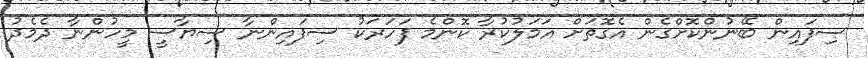
ސިފައިން ބޭނުންކޮށްގެން އެގޮތަށް އަމަލުކުރާ ކޮންމެ ފަހަރަކު ސިފައިންނާ ސިޔާސީ މީހުންނާ ދެމެދު